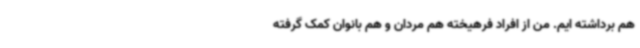
هم برداشته ایم. من از افراد فرهیخته هم مردان و هم بانوان کمک گرفته